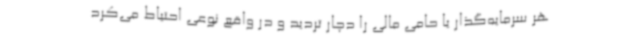
هر سرمایه‌گذار یا حامی مالی را دچار تردید و در واقع نوعی احتیاط می‌کرد